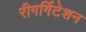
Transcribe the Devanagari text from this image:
रीगर्गिटेशन